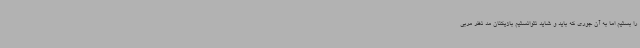
را بستیم اما به آن جوری که باید و شاید نتوانستیم بازیکنان مد نظر مربی